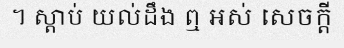
។ ស្តាប់ យល់ដឹង ឮ អស់ សេចក្តី